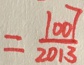
= \frac { 1 0 0 7 } { 2 0 1 3 }